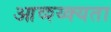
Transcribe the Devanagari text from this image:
आव्श्य्क्यता